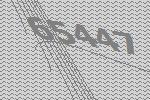
65447